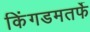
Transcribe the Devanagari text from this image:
किंगडमतर्फे